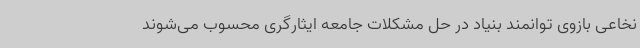
نخاعی بازوی توانمند بنیاد در حل مشکلات جامعه ایثارگری محسوب می‌شوند